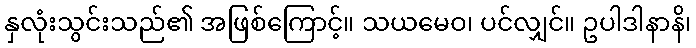
နှလုံးသွင်းသည်၏ အဖြစ်ကြောင့်။ သယမေဝ၊ ပင်လျှင်။ ဥပါဒါနာနိ၊